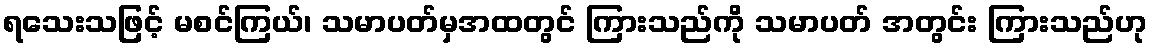
ရသေးသဖြင့် မစင်ကြယ်၊ သမာပတ်မှအထတွင် ကြားသည်ကို သမာပတ် အတွင်း ကြားသည်ဟု